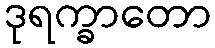
ဒုရက္ခာတော